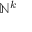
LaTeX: \mathbb { N } ^ { k }